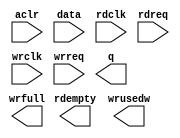
module fifo_32x512a (
	aclr,
	data,
	rdclk,
	rdreq,
	wrclk,
	wrreq,
	q,
	rdempty,
	wrfull,
	wrusedw);

	input	  aclr;
	input	[31:0]  data;
	input	  rdclk;
	input	  rdreq;
	input	  wrclk;
	input	  wrreq;
	output	[31:0]  q;
	output	  rdempty;
	output	  wrfull;
	output	[9:0]  wrusedw;

endmodule